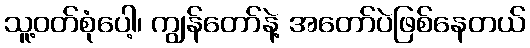
သူ့ဝတ်စုံပေါ့၊ ကျွန်တော်နဲ့ အတော်ပဲဖြစ်နေတယ်